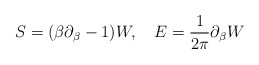
\begin{align*}S=(\beta \partial_\beta-1)W,~~~E={1 \over 2\pi} \partial_\beta W\end{align*}